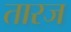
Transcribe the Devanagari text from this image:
तारज